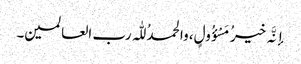
إنَّہ خیرُ مَسْؤُولٍ، والحمدُ للّٰہ رب العالمین۔